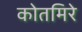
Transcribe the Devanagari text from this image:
कोतमिरे